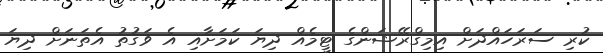
ކުރި ސަރަހައްދަށް އިމިގްރޭޝަންގެ ޓީމެއް ދިޔަ ކަމަށާއި އެ ވަގުތު އެތަނަށް ދިޔަ